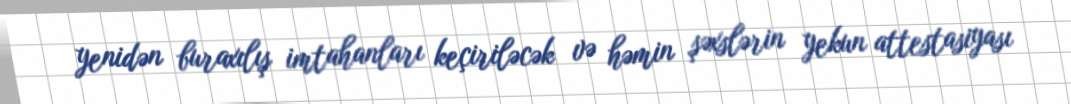
yenidən buraxılış imtahanları keçiriləcək və həmin şəxslərin yekun attestasiyası